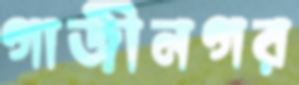
গাজীনগর